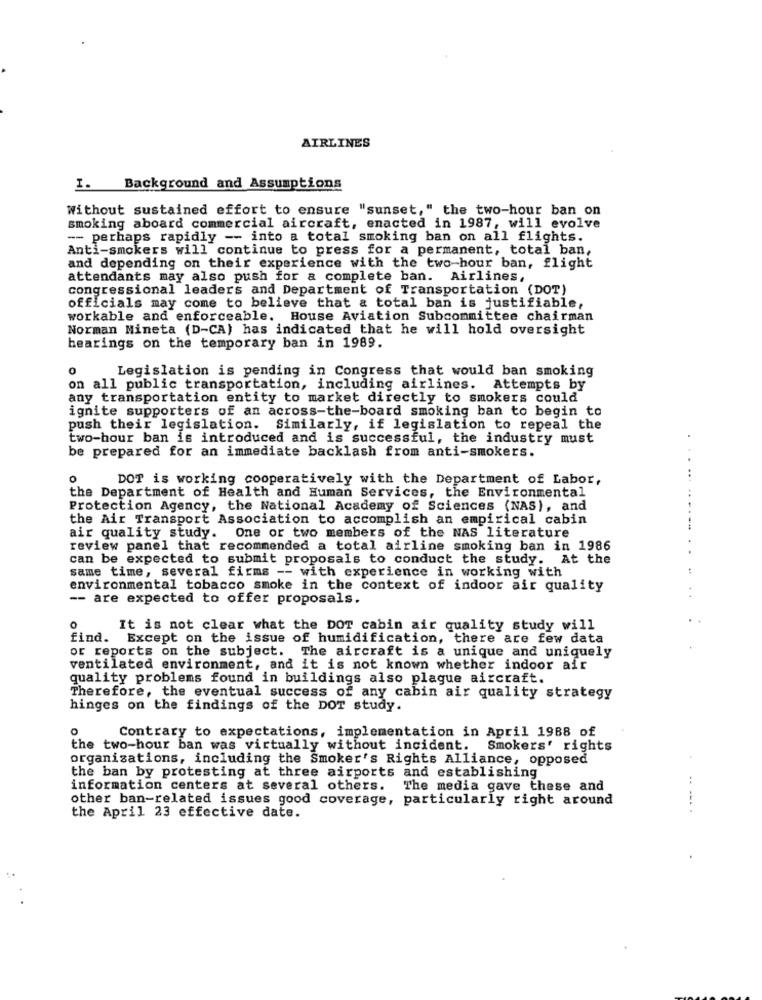
AIRLINES
Background and Assumptions
Without sustained effort to ensure "sunset," the two-hour ban on
smoking aboard commercial aircraft, enacted in 1987, will evolve
-- perhaps rapidly -- into a total smoking ban on all flights.
Anti-smokers will continue to press for a permanent, total ban,
and depending on their experience with the two-hour ban, flight
attendants may also push for a complete ban. Airlines,
congressional leaders and Department of Transportation (DOT)
officials may come to believe that & total ban is justifiable,
workable and enforceable. House Aviation Subcommittee chairman
Norman Mineta (D-CA) has indicated that he will hold oversight
bearings on the temporary ban in 1989.
0
Legislation is pending in Congress that would ban smoking
on all public transportation, including airlines. Attempts by
any transportation entity to market directly to smokers could
ignite supporters of an across-the-board smoking ban to begin to
push their legislation. Similarly, if legislation to repeal the
two-hour ban is introduced and is successful, the industry must
be prepared for an immediate backlash from anti-smokers.
0
DOT is working cooperatively with the Department of Labor,
the Department of Health and Human Services, the Environmental
Protection Agency, the National Academy of Sciences (NAS), and
the Air Transport Association to accomplish an empirical cabin
air quality study. One or two members of the NAS literature
review panel that recommended a total airline smoking ban in 1986
can be expected to submit proposals to conduct the study. At the
same time, several firms -- with experience in working with
environmental tobacco smoke in the context of indoor air quality
-- are expected to offer proposals.
O
It is not clear what the DOT cabin air quality study will
find. Except on the issue of humidification, there are few data
or reports on the subject. The aircraft is a unique and uniquely
ventilated environment, and it is not known whether indoor air
quality problems found in buildings also plague aircraft.
Therefore, the eventual success of any cabin air quality strategy
hinges on the findings of the DOT study.
Contrary to expectations, implementation in April 1988 of
the two-hour ban was virtually without incident. Smokers' rights
organisations, including the Smoker's Rights Alliance, opposed
the ban by protesting at three airports and establishing
information centers at several others.
The media gave these and
other ban-related issues good coverage, particularly right around
the April 23 effective date.